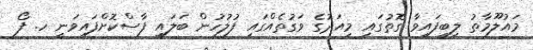
މައުލޫމާތު ލިބިފައިވާ ގޮތުގައި މިއަދުގެ ވަގުތެއްގައި ފުލުހުން ބަލައި ފާސްކޮށްފައިވަނީ ހ. ފޯ